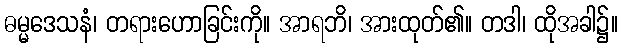
ဓမ္မဒေသနံ၊ တရားဟောခြင်းကို။ အာရဘိ၊ အားထုတ်၏။ တဒါ၊ ထိုအခါ၌။